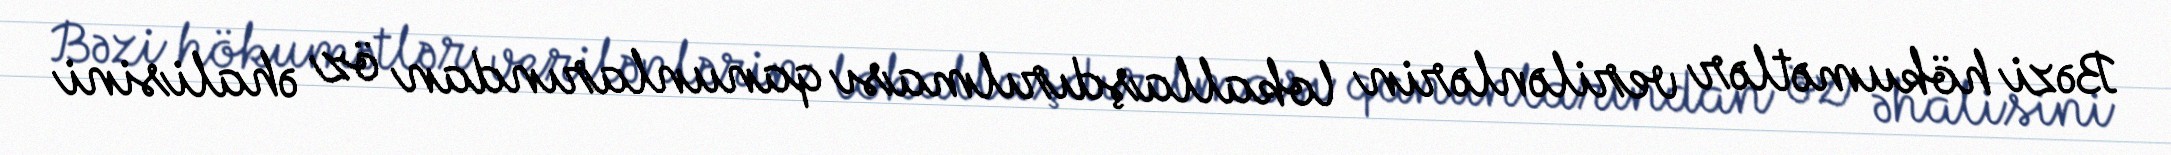
Bəzi hökumətlər verilənlərin lokallaşdırılması qanunlarından öz əhalisini